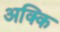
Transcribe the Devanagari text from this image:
अक्कि